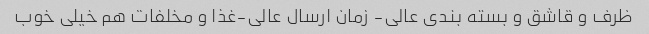
ظرف و قاشق و بسته بندی عالی- زمان ارسال عالی-غذا و مخلفات هم خیلی خوب